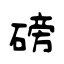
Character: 磅